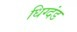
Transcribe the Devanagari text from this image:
धिग्दंड